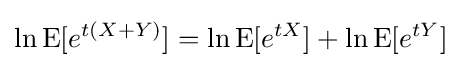
\ln \operatorname {E} [e^{t(X+Y)}]=\ln \operatorname {E} [e^{tX}]+\ln \operatorname {E} [e^{tY}]